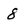
Character: 8